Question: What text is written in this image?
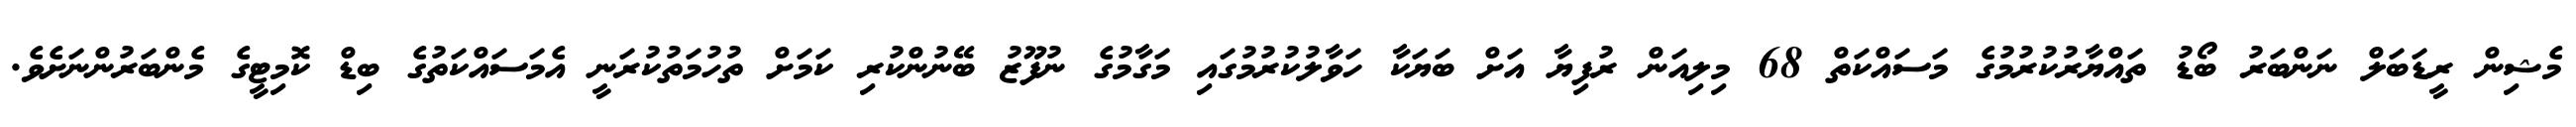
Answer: މެޝިން ރީޑަބަލް ނަންބަރު ބޯޑު ތައްޔާރުކުރުމުގެ މަސައްކަތް 68 މިލިއަން ރުފިޔާ އަށް ބަޔަކާ ހަވާލުކުރުމުގައި މަގާމުގެ ނުފޫޒު ބޭނުންކުރި ކަމަށް ތުހުމަތުކުރަނީ އެމަސައްކަތުގެ ބިޑް ކޮމިޓީގެ މެންބަރުންނަށެވެ.